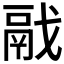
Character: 𩰭